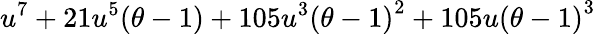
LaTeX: u^{7}+21u^{5}(\theta-1)+105u^{3}{(\theta-1)}^{2}+105u{(\theta-1)}^{3}